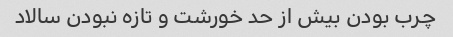
چرب بودن بیش از حد خورشت و تازه نبودن سالاد